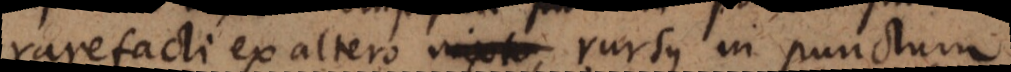
rarefacti ex altero, rursus in punctum